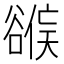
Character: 𰶕